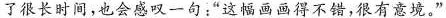
了很长时间，也会感叹一句：”这幅画画得不错，有意境。